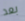
بعد